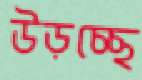
উড়চ্ছে